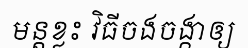
មន្តខ្លះ វិធីចងចង្កាឲ្យ